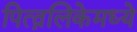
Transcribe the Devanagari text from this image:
पित्त्नलिकेमध्ये